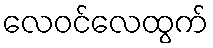
လေဝင်လေထွက်